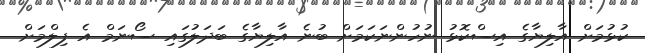
ކުޅުމަށް އާލިޔާގެ އިސްކޮޅު ނުހުންނަކަމަށް ބުނެ އާލިޔާގެ ބަދަލުގައި ސޯނަމް އެ ފިލްމަށް